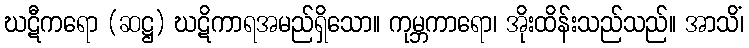
ဃဋီကရော (ဆဋ္ဌ) ဃဋိကာရအမည်ရှိသော။ ကုမ္ဘကာရော၊ အိုးထိန်းသည်သည်။ အာသိံ၊